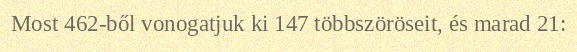
Most 462-ből vonogatjuk ki 147 többszöröseit, és marad 21: